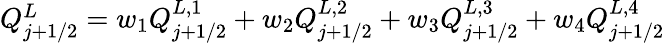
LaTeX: \begin{array}{r}{Q_{j+1/2}^{L}=w_{1}Q_{j+1/2}^{L,1}+w_{2}Q_{j+1/2}^{L,2}+w_{3}Q_{j+1/2}^{L,3}+w_{4}Q_{j+1/2}^{L,4}}\end{array}